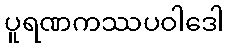
ပူရဏကဿပဝါဒေါ